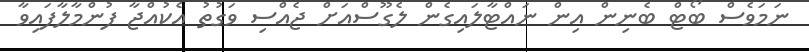
ނަމަވެސް ބޯޓް ބެނިން އިން ނައްޓާލައިގެން ލެގޫސްއަށް ޖެއްސި ވަގުތު އެކުއްޖާ ފުންމާލާފައިވާ